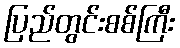
ပြည်တွင်းစစ်ကြီး